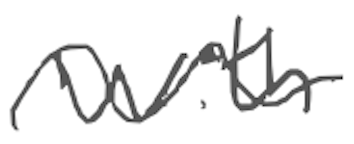
Text: with
Cross-out: mix
Writing tool: digital_gray